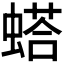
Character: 𫋓